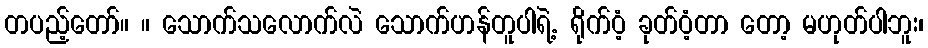
တပည့်တော်။ ။ သောက်သလောက်လဲ သောက်ဟန်တူပါရဲ့. ရိုက်ဝံ့ ခုတ်ဝံ့တာ တော့ မဟုတ်ပါဘူး၊